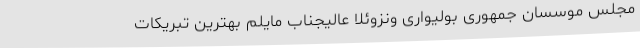
مجلس موسسان جمهوری بولیواری ونزوئلا عالیجناب مایلم بهترین تبریکات